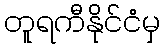
တူရကီနိုင်ငံမှ